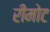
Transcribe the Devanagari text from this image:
रीमोट